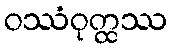
ဝဿံဝုတ္ထဿ